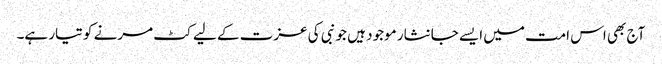
آج بھی اس امت میں ایسے جانثار موجود ہیں جو نبی کی عزت کے لیے کٹ مرنے کو تیار ہے۔